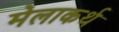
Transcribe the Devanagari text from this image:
मेलाकर्थ